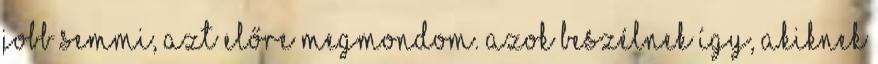
jobb semmi, azt előre megmondom. azok beszélnek így, akiknek